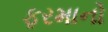
ફરમાનો